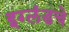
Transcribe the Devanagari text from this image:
इग्लंडचे